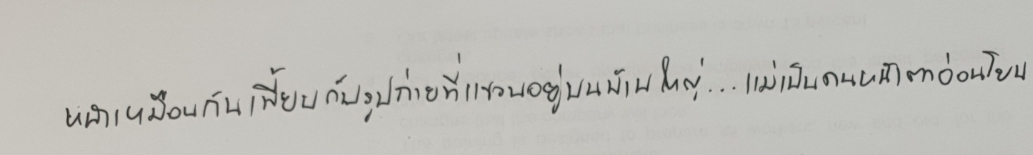
หน้าเหมือนกันเพี้ยบกับรูปถ่ายที่แขวนอยู่บนบ้านใหญ่...แม่เป็นคนหน้าตาอ่อนโยน